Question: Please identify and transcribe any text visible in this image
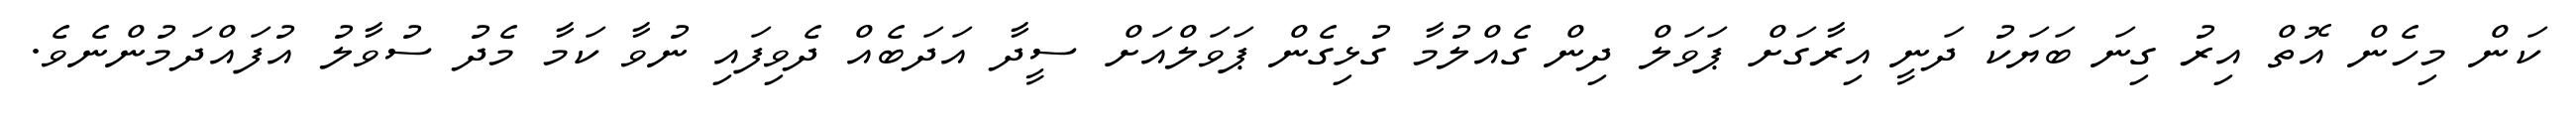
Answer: ކަން މިހެން އޮތް އިރު ގިނަ ބަޔަކު ދަނީ އިރާގަށް ޕަވަލް ދިން ގެއްލުމާ ގުޅިގެން ޕަވަލްއަށް ސީދާ އަދަބެއް ދެވިފައި ނުވާ ކަމާ މެދު ސުވާލު އުފައްދަމުންނެވެ.